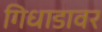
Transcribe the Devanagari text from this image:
गिधाडावर